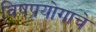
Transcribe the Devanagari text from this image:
विषप्रयोगाचे